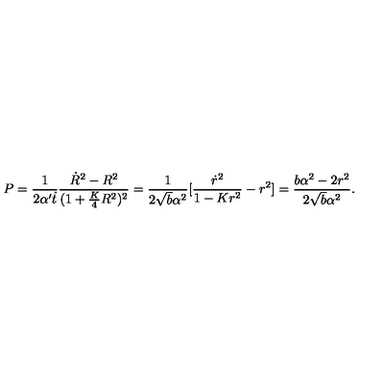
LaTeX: P = \frac { 1 } { 2 \alpha ^ { \prime } \dot { t } } \frac { \dot { R } ^ { 2 } - R ^ { 2 } } { ( 1 + \frac { K } { 4 } R ^ { 2 } ) ^ { 2 } } = \frac { 1 } { 2 \sqrt { b } \alpha ^ { 2 } } [ \frac { \dot { r } ^ { 2 } } { 1 - K r ^ { 2 } } - r ^ { 2 } ] = \frac { b \alpha ^ { 2 } - 2 r ^ { 2 } } { 2 \sqrt { b } \alpha ^ { 2 } } .